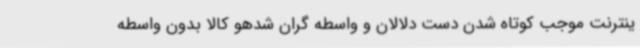
ینترنت موجب کوتاه شدن دست دلالان و واسطه گران شدهو کالا بدون واسطه